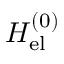
H _ { \mathrm { e l } } ^ { ( 0 ) }